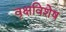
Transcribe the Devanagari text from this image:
वृक्षविशेष